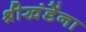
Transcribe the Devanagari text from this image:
श्रीखंडेंना